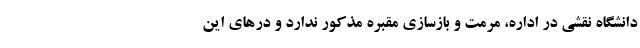
دانشگاه نقشی در اداره، مرمت و بازسازی مقبره مذکور ندارد و درهای این